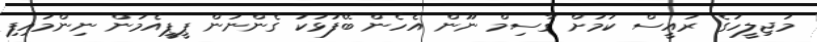
މަޖިލީހުގެ ރައީސް ކަމަށް ގާސިމް ނޫން އެހެން ބޭފުޅަކު ގެންނަން ޕީޕީއެމުން ނިންމައިފި